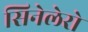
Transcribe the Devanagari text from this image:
सिनेलेरो